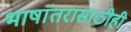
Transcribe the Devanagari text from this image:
भाषांतरासाठीही